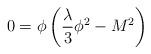
LaTeX: \begin{align*}0= \phi \left ( {\lambda \over 3} \phi^2 - M^2\right )\end{align*}